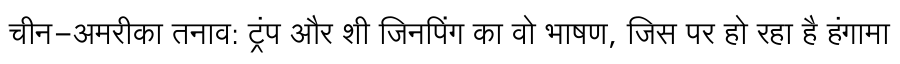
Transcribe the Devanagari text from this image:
चीन-अमरीका तनाव: ट्रंप और शी जिनपिंग का वो भाषण, जिस पर हो रहा है हंगामा